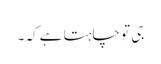
جی تو چاہتا ہے کہ ۔